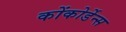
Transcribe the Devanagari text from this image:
कोंकोर्डेन्स